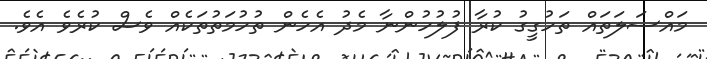
މައްސަލަތައް ތަހުގީގު ކުރާ ފުލުހުންނާ މެދު އެހެން ތުހުމަތުތަކެއް ވެސް ކުރެވެ އެވެ.